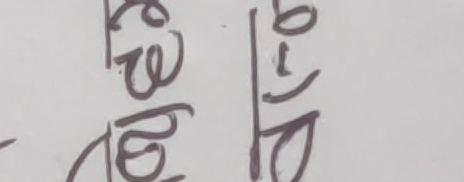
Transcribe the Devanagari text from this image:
खेडो